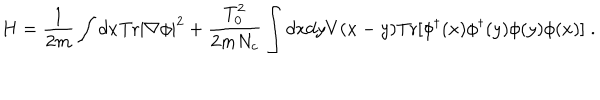
LaTeX: H = { \frac { 1 } { 2 m } } \int d x \mathrm { T r } | \nabla \phi | ^ { 2 } + { \frac { T _ { 0 } ^ { 2 } } { 2 m N _ { c } } } \int d x d y V ( x - y ) \mathrm { T r } [ \phi ^ { \dagger } ( x ) \phi ^ { \dagger } ( y ) \phi ( y ) \phi ( x ) ] \; .